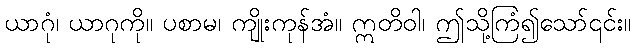
ယာဂုံ၊ ယာဂုကို။ ပစာမ၊ ကျိုးကုန်အံ။ ဣတိဝါ၊ ဤသို့ကြံ၍သော်၎င်း။